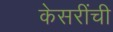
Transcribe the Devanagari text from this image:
केसरींची